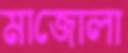
মাজোলা